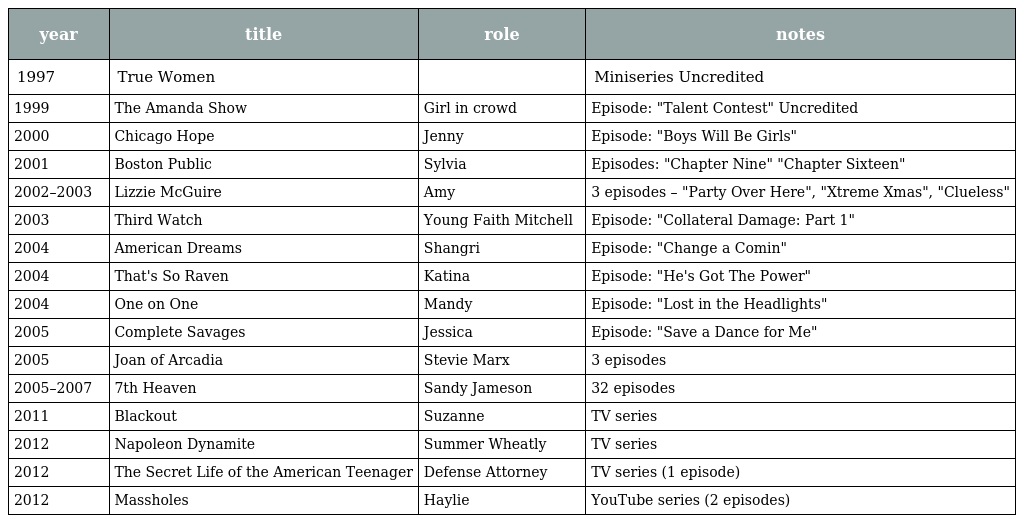
| year | title | role | notes |
 | --- | --- | --- | --- |
 | 1997 | True Women |  | Miniseries Uncredited |
 | 1999 | The Amanda Show | Girl in crowd | Episode: "Talent Contest" Uncredited |
 | 2000 | Chicago Hope | Jenny | Episode: "Boys Will Be Girls" |
 | 2001 | Boston Public | Sylvia | Episodes: "Chapter Nine" "Chapter Sixteen" |
 | 2002–2003 | Lizzie McGuire | Amy | 3 episodes – "Party Over Here", "Xtreme Xmas", "Clueless" |
 | 2003 | Third Watch | Young Faith Mitchell | Episode: "Collateral Damage: Part 1" |
 | 2004 | American Dreams | Shangri | Episode: "Change a Comin" |
 | 2004 | That's So Raven | Katina | Episode: "He's Got The Power" |
 | 2004 | One on One | Mandy | Episode: "Lost in the Headlights" |
 | 2005 | Complete Savages | Jessica | Episode: "Save a Dance for Me" |
 | 2005 | Joan of Arcadia | Stevie Marx | 3 episodes |
 | 2005–2007 | 7th Heaven | Sandy Jameson | 32 episodes |
 | 2011 | Blackout | Suzanne | TV series |
 | 2012 | Napoleon Dynamite | Summer Wheatly | TV series |
 | 2012 | The Secret Life of the American Teenager | Defense Attorney | TV series (1 episode) |
 | 2012 | Massholes | Haylie | YouTube series (2 episodes) |